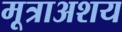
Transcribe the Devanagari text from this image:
मूत्राअशय